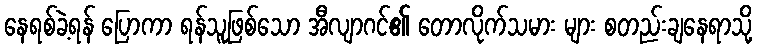
နေရစ်ခဲ့ရန် ပြောကာ ရန်သူဖြစ်သော အီလျာဂင်၏ တောလိုက်သမား များ စတည်းချနေရာသို့